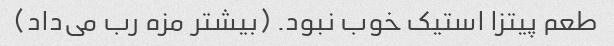
طعم پیتزا استیک خوب نبود. (بیشتر مزه رب می‌داد)